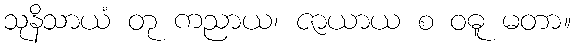
သုနိသာယံ တု ကညာယ၊ ဇာယာယ စ ဝဓူ မတာ။